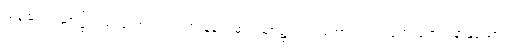
ညဉ့်ဆည်းဆာ၌လည်းကောင်း။ ပါတံ၊ နံနက်ဆည်ဆာ၌လည်းကောင်း။ ဥဒကောရောဟနာနုယောဂံ၊